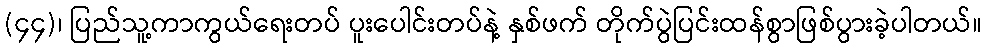
(၄၄)၊ ပြည်သူ့ကာကွယ်ရေးတပ် ပူးပေါင်းတပ်နဲ့ နှစ်ဖက် တိုက်ပွဲပြင်းထန်စွာဖြစ်ပွားခဲ့ပါတယ်။